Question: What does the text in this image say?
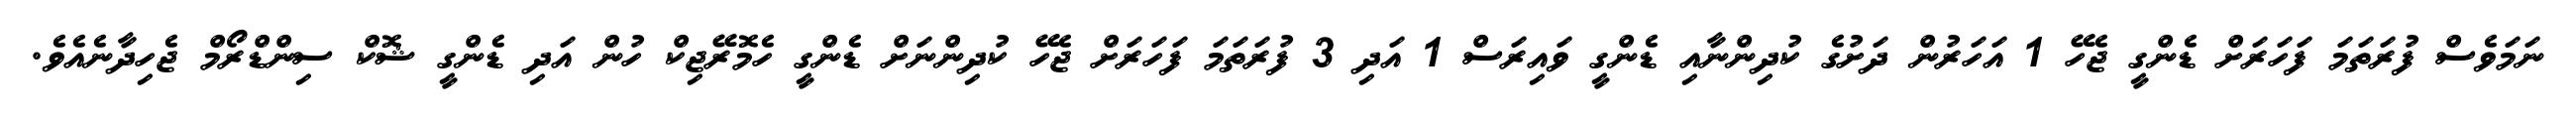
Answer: ނަމަވެސް ފުރަތަމަ ފަހަރަށް ޑެންގީ ޖެހޭ 1 އަހަރުން ދަށުގެ ކުދިންނާއި ޑެންގީ ވައިރަސް 1 އަދި 3 ފުރަތަމަ ފަހަރަށް ޖެހޭ ކުދިންނަށް ޑެންގީ ހެމޮރޭޖިކް ހުން އަދި ޑެންގީ ޝޮކް ސިންޑްރޯމް ޖެހިދާނެއެވެ.